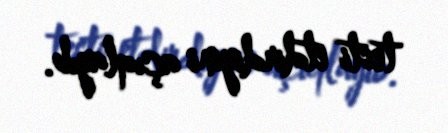
testi etdirdiyini açıqlayıb.